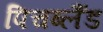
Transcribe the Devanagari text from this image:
पिचब्लैंड